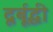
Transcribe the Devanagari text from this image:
दूर्बूद्धी